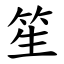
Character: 笙